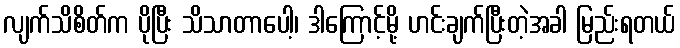
လျက်သိစိတ်က ပိုပြီး သိသာတာပေါ့၊ ဒါကြောင့်မို့ ဟင်းချက်ပြီးတဲ့အခါ မြည်းရတယ်